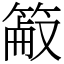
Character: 䈛